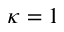
\kappa = 1